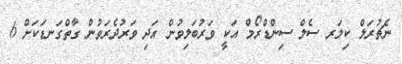
ނެޗުރަލް ކިލަރ ސެލް ސިންޑްރޯމް އަކީ ވަރުބަލިވުން އަދި ވަރުދެރަވުން ގާތްގަނޑަކަށް 6